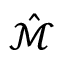
\hat { \mathcal { M } }